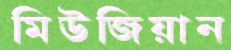
মিউজিয়ান